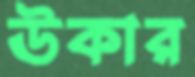
ঊকার